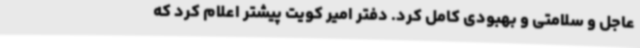
عاجل و سلامتی و بهبودی کامل کرد. دفتر امیر کویت پیشتر اعلام کرد که